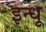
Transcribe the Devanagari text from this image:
इन्धू